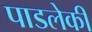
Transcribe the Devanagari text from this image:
पाडलेकी